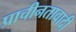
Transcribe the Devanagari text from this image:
प्राचीनतावादी